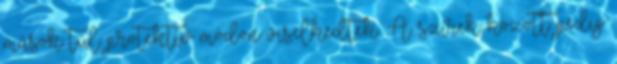
mások túl protektív módon viselkedtek. A szírek között pedig